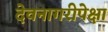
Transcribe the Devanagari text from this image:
देवनागरीपेक्षा